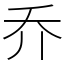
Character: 乔